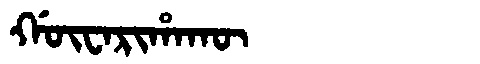
Manchu: ᡤᡡᠸᠠᡵᡳᡥᠠᡴᡡ
Romanization: GŪWARIHAKŪ